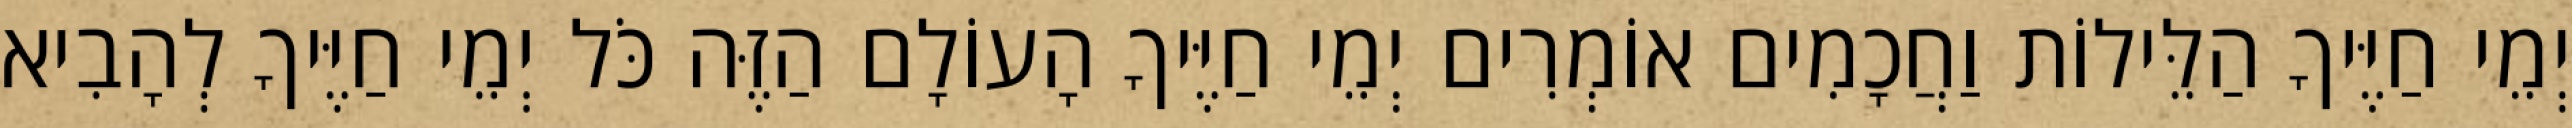
יְמֵי חַיֶּיךָ הַלֵּילוֹת וַחֲכָמִים אוֹמְרִים יְמֵי חַיֶּיךָ הָעוֹלָם הַזֶּה כֹּל יְמֵי חַיֶּיךָ לְהָבִיא